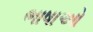
ભાષાઓ